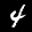
Label: 4